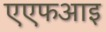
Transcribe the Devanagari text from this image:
एएफआइ